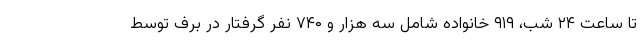
تا ساعت ۲۴ شب، ۹۱۹ خانواده شامل سه هزار و ۷۴۰ نفر گرفتار در برف توسط